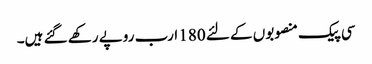
سی پیک منصوبوں کے لئے 180 ارب روپے رکھے گئے ہیں۔